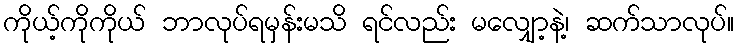
ကိုယ့်ကိုကိုယ် ဘာလုပ်ရမှန်းမသိ ရင်လည်း မလျှော့နဲ့၊ ဆက်သာလုပ်။